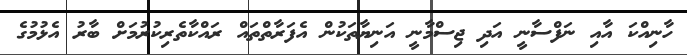
ހާނިއްކަ އާއި ނަފްސާނީ އަދި ޖިސްމާނީ އަނިޔާތަކުން އެފަރާތްތައް ރައްކާތެރިކުރުމަށް ބާރު އެޅުމުގެ